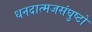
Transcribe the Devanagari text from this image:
धनदात्मजसंघुष्टो